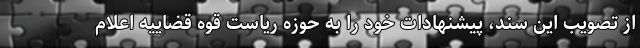
از تصویب این سند، پیشنهادات خود را به حوزه ریاست قوه قضاییه اعلام